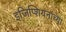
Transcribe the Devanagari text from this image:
इजिप्शियनांच्या